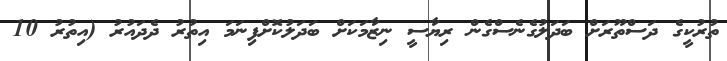
ތުރުކީގެ ދަސްތޫރަށް ބަދަލުގެނެސްގެން ރިޔާސީ ނިޒާމަކަށް ބަދަލުކޮށްފިނަމަ އިތުރު ދެދައުރު (އިތުރު 10